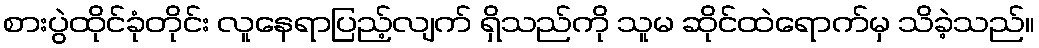
စားပွဲထိုင်ခုံတိုင်း လူနေရာပြည့်လျက် ရှိသည်ကို သူမ ဆိုင်ထဲရောက်မှ သိခဲ့သည်။